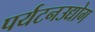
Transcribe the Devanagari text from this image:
पर्यटनउद्योग